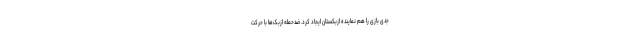
جدی بازی را هم نماینده ازبکستان ایجاد کرد. ضدحمله ازبک‌ها با حرکت